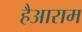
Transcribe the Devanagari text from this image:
हैआराम